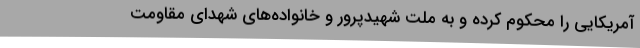
آمریکایی را محکوم کرده و به ملت شهیدپرور و خانواده‌های شهدای مقاومت